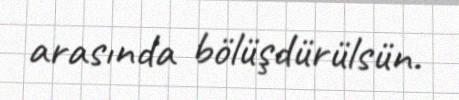
arasında bölüşdürülsün.